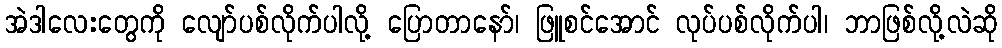
အဲဒါလေးတွေကို လျော်ပစ်လိုက်ပါလို့ ပြောတာနော်၊ ဖြူစင်အောင် လုပ်ပစ်လိုက်ပါ၊ ဘာဖြစ်လို့လဲဆို